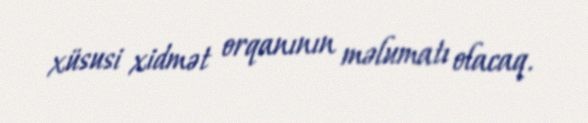
xüsusi xidmət orqanının məlumatı olacaq.